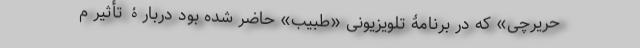
حریرچی» که در برنامۀ تلویزیونی «طبیب» حاضر شده بود دربارۀ تأثیر م